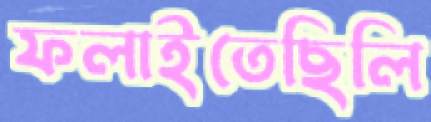
ফলাইতেছিলি